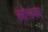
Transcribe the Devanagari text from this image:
सोनक